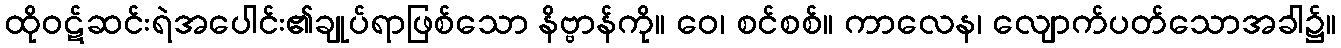
ထိုဝဋ်ဆင်းရဲအပေါင်း၏ချုပ်ရာဖြစ်သော နိဗ္ဗာန်ကို။ ဝေ၊ စင်စစ်။ ကာလေန၊ လျောက်ပတ်သောအခါ၌။